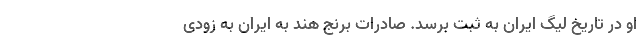
او در تاریخ لیگ ایران به ثبت برسد. صادرات برنج هند به ایران به زودی